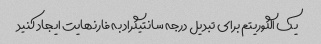
یک الگوریتم برای تبدیل درجه سانتیگراد به فارنهایت ایجاد کنید